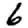
Digit: 6